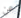
عن